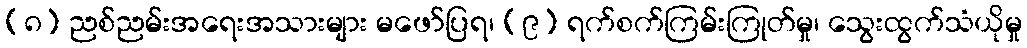
(၈) ညစ်ညမ်းအရေးအသားများ မဖော်ပြရ၊ (၉) ရက်စက်ကြမ်းကြုတ်မှု၊ သွေးထွက်သံယိုမှု